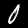
Label: 0